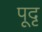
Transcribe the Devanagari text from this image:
पूदृ